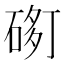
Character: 𱍢